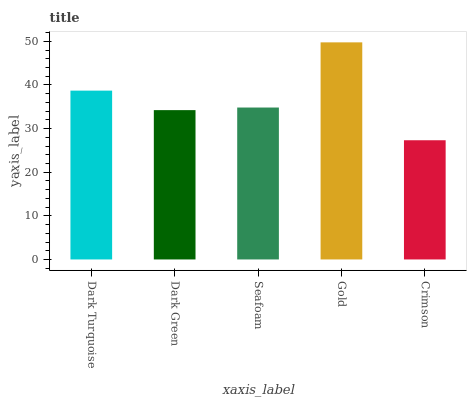
| xaxis_label | bars |
 | --- | --- |
 | Dark Turquoise | 38.7 |
 | Dark Green | 34.2 |
 | Seafoam | 34.8 |
 | Gold | 49.8 |
 | Crimson | 27.3 |